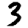
Digit: 3